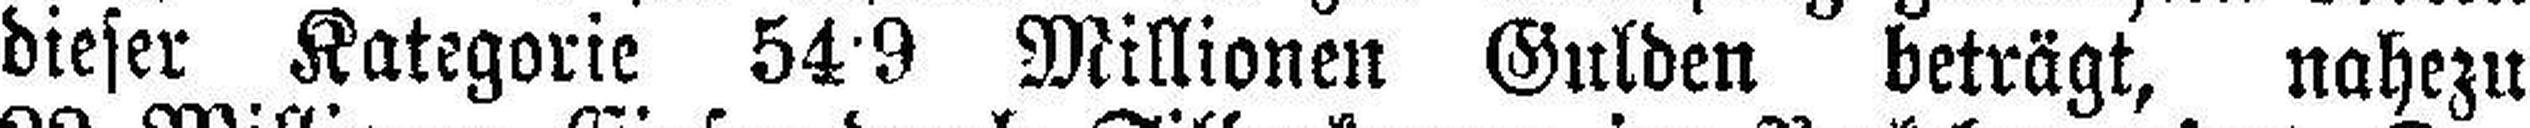
dieser Kategorie 54•9 Millionen Gulden beträgt, nahezu